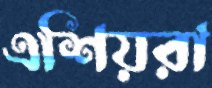
এশিয়রা